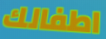
اطفالك